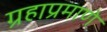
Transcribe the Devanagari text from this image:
ग्रहाप्रमाणे